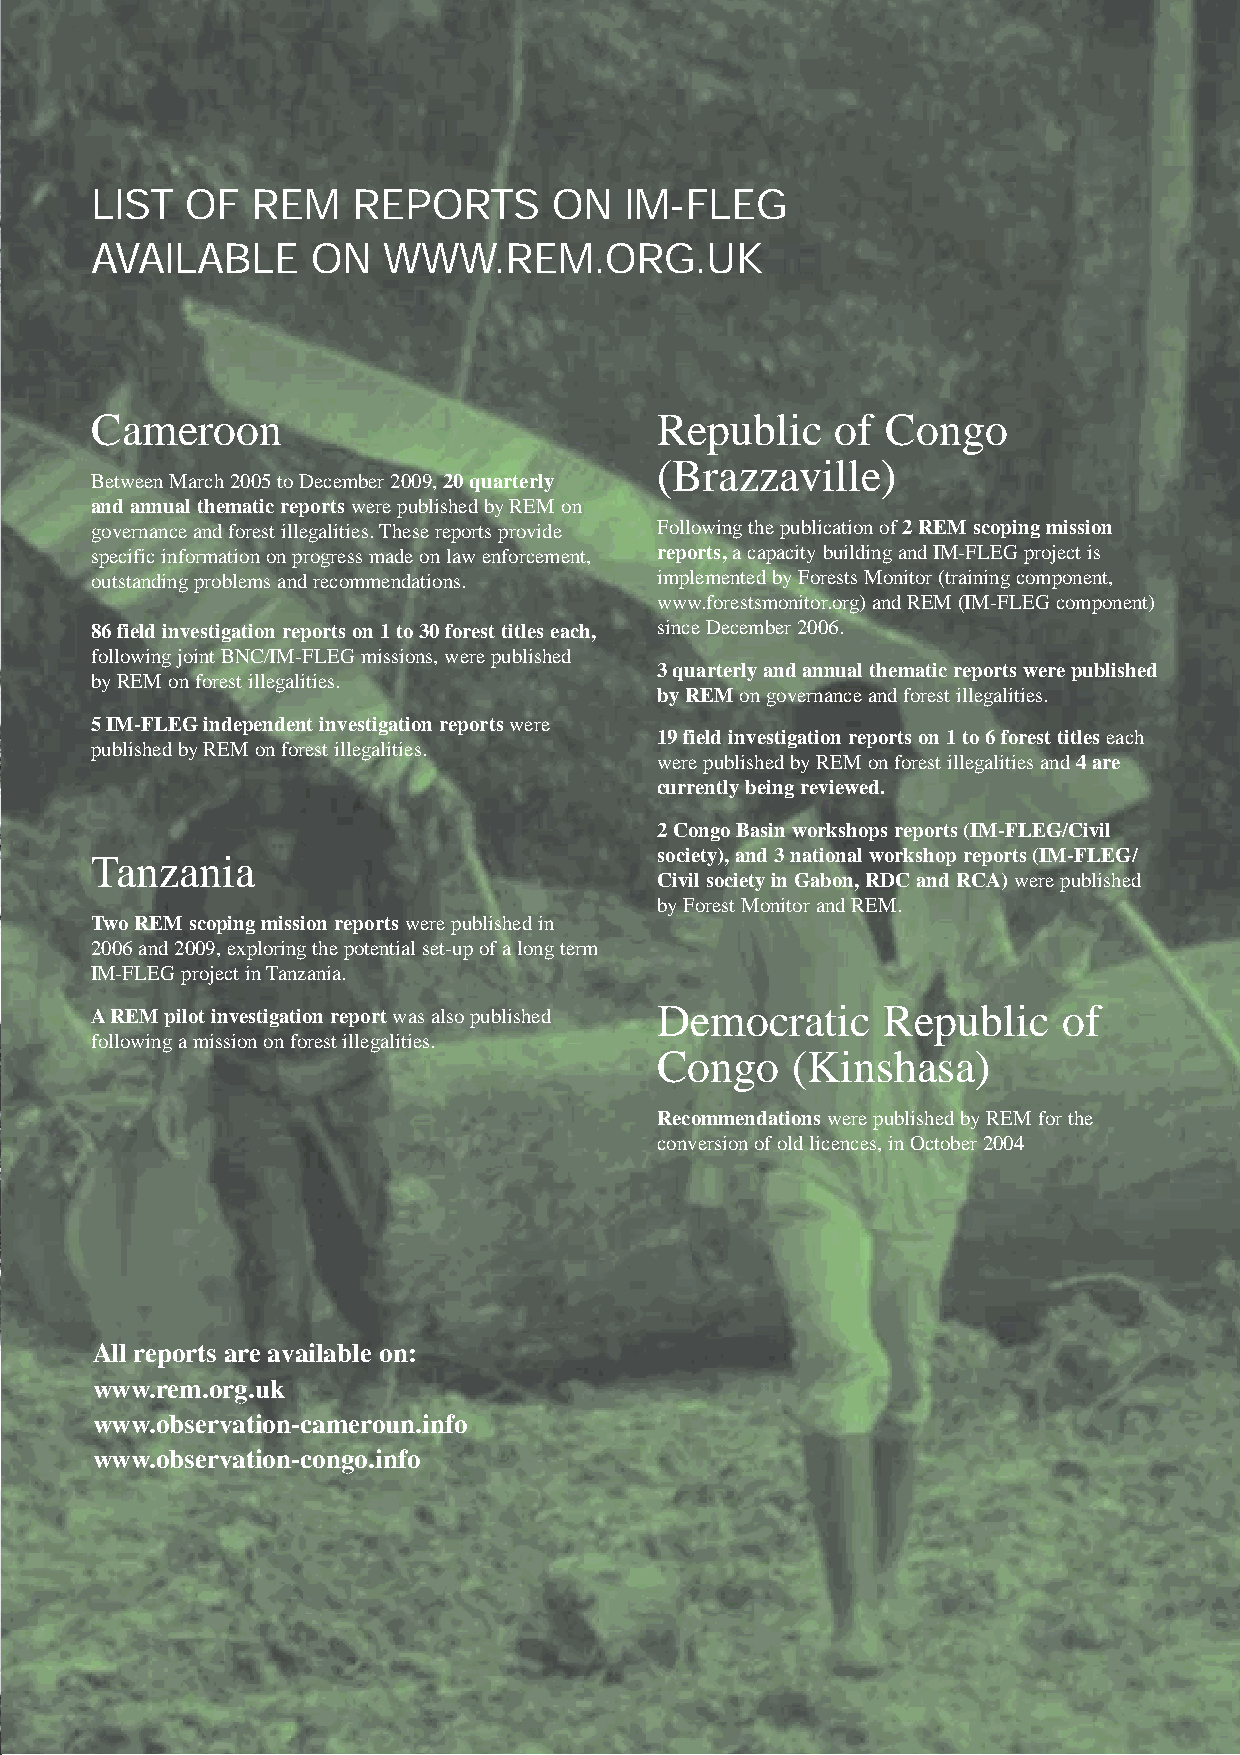
LIST  OF   REM   REPORTS       ON  IM-FLEG
 AVAILABLE      ON  WWW.REM.ORG.UK
 Cameroon                             Republic    of  Congo
 (Brazzaville)
 Between March 2005 to December 2009, 20 quarterly
 and annual thematic reports were published by REM on
 governance and forest illegalities. These reports provide Following the publication of 2 REM scoping mission
 specific information on progress made on law enforcement, reports, a capacity building and IM-FLEG project is
 outstanding problems and recommendations. implemented by Forests Monitor (training component,
 www.forestsmonitor.org) and REM (IM-FLEG component)
 86 field investigation reports on 1 to 30 forest titles each, since December 2006.
 following joint BNC/IM-FLEG missions, were published
 3 quarterly and annual thematic reports were published
 by REM on forest illegalities.
 by REM on governance and forest illegalities.
 5 IM-FLEG independent investigation reports were
 19 field investigation reports on 1 to 6 forest titles each
 published by REM on forest illegalities.
 were published by REM on forest illegalities and 4 are
 currently being reviewed.
 2 Congo Basin workshops reports (IM-FLEG/Civil
 Tanzania                             society), and 3 national workshop reports (IM-FLEG/
 Civil society in Gabon, RDC and RCA) were published
 by Forest Monitor and REM.
 Two REM scoping mission reports were published in
 2006 and 2009, exploring the potential set-up of a long term
 IM-FLEG project in Tanzania.
 A REM pilot investigation report was also published Democratic Republic of
 following a mission on forest illegalities.
 Congo    (Kinshasa)
 Recommendations were published by REM for the
 conversion of old licences, in October 2004
 All reports are available on:
 www.rem.org.uk
 www.observation-cameroun.info
 www.observation-congo.info